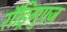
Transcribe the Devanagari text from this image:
रॉड्रिगुएज़